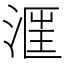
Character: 𣶕